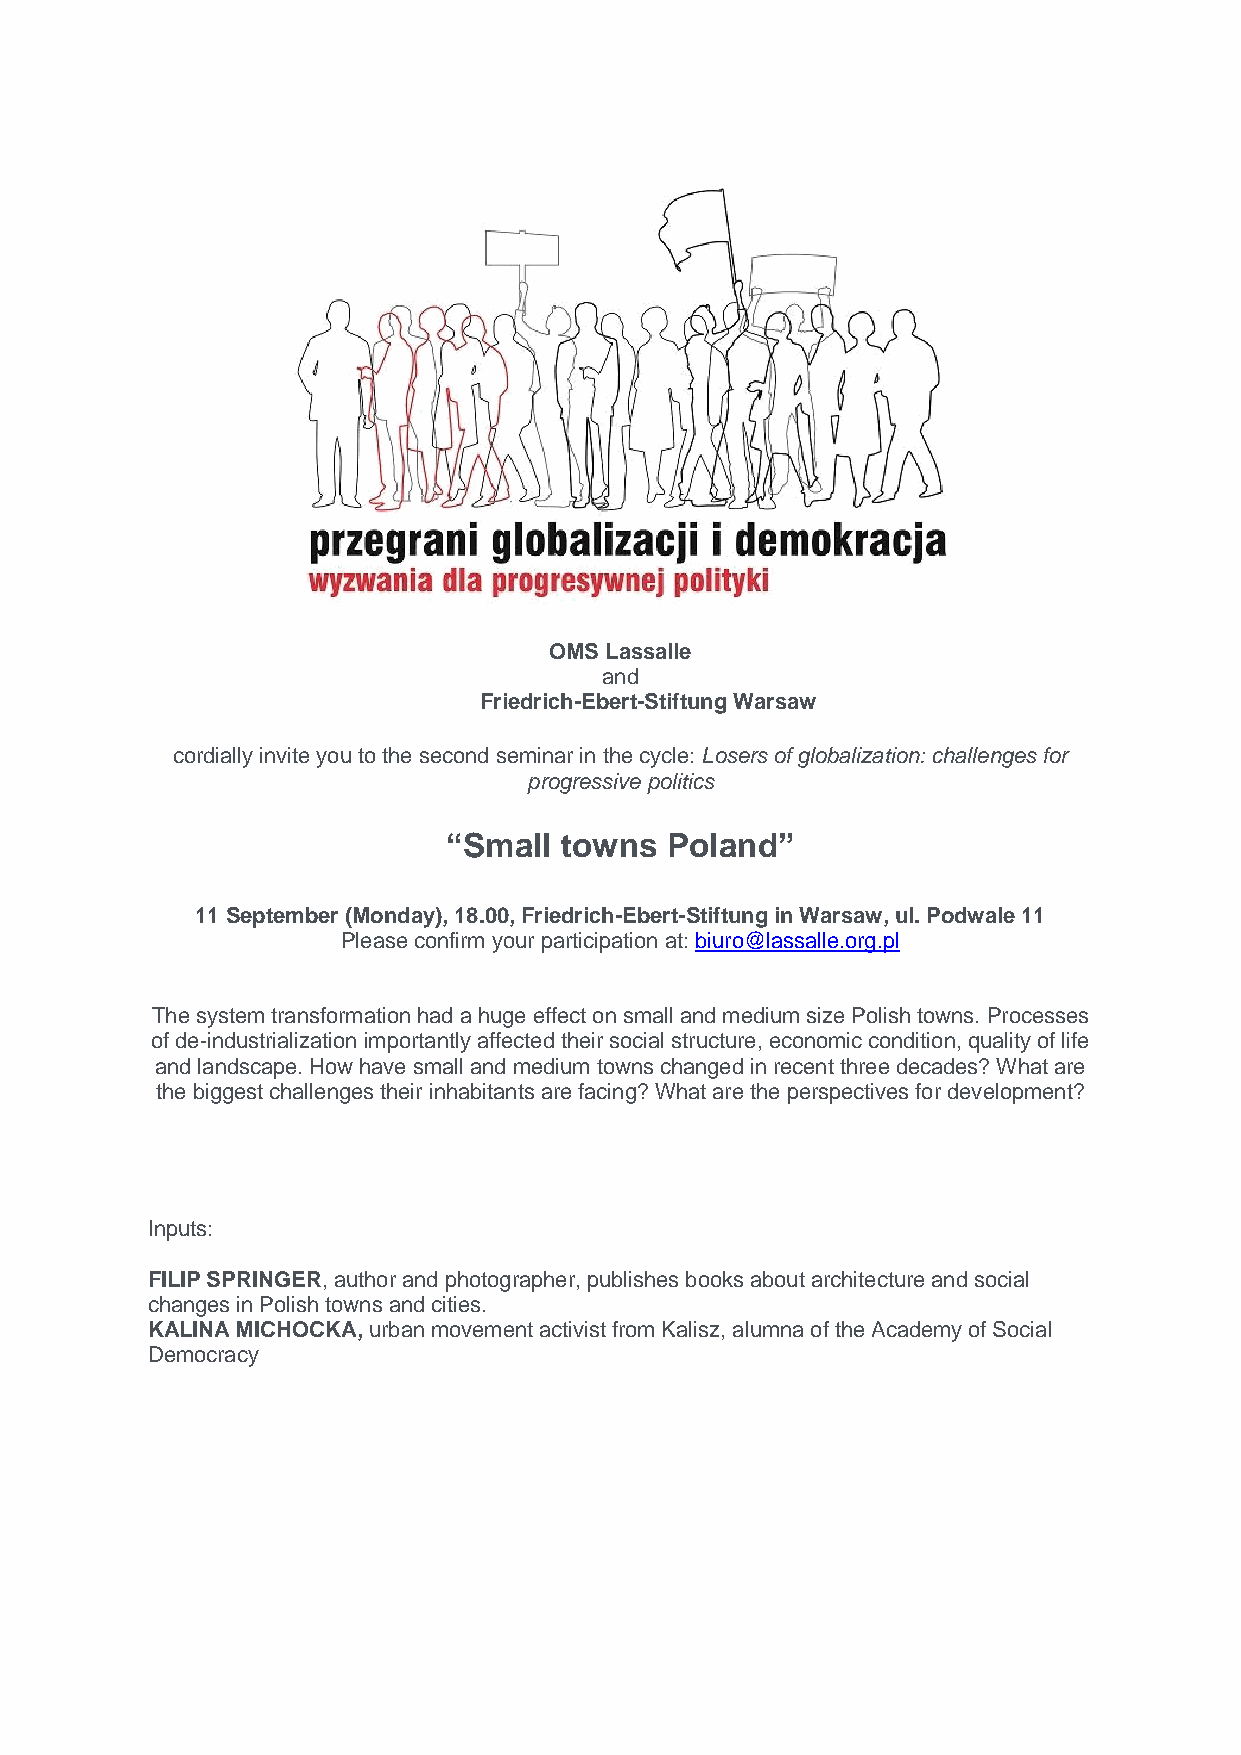
OMS Lassalle
 and
 Friedrich-Ebert-Stiftung Warsaw
 cordially invite you to the second seminar in the cycle: Losers of globalization: challenges for
 progressive politics
 “Small towns  Poland”
 11 September (Monday), 18.00, Friedrich-Ebert-Stiftung in Warsaw, ul. Podwale 11
 Please confirm your participation at: biuro@lassalle.org.pl
 The system transformation had a huge effect on small and medium size Polish towns. Processes
 of de-industrialization importantly affected their social structure, economic condition, quality of life
 and landscape. How have small and medium towns changed in recent three decades? What are
 the biggest challenges their inhabitants are facing? What are the perspectives for development?
 Inputs:
 FILIP SPRINGER, author and photographer, publishes books about architecture and social
 changes in Polish towns and cities.
 KALINA MICHOCKA, urban movement activist from Kalisz, alumna of the Academy of Social
 Democracy